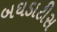
બઘડાટીસ